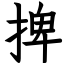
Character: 捭